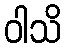
ဝါသိ